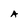
Character: A